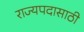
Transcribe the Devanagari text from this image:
राज्यपदासाठी